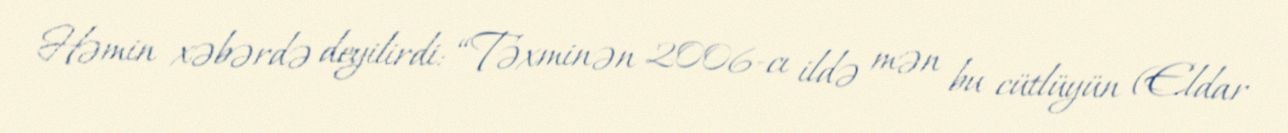
Həmin xəbərdə deyilirdi: “Təxminən 2006-cı ildə mən bu cütlüyün (Eldar